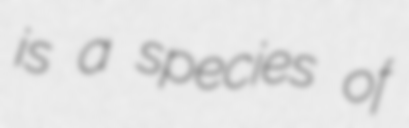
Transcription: is a species of